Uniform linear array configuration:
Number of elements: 32
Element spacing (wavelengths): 0.5
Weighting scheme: uniform
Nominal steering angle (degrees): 60
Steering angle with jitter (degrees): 61.298
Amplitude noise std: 0.05
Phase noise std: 0.05

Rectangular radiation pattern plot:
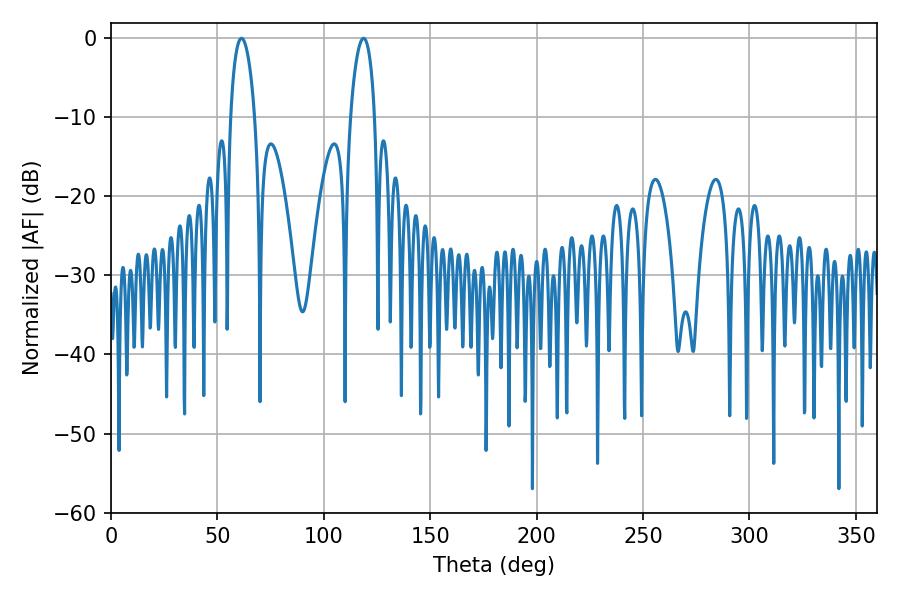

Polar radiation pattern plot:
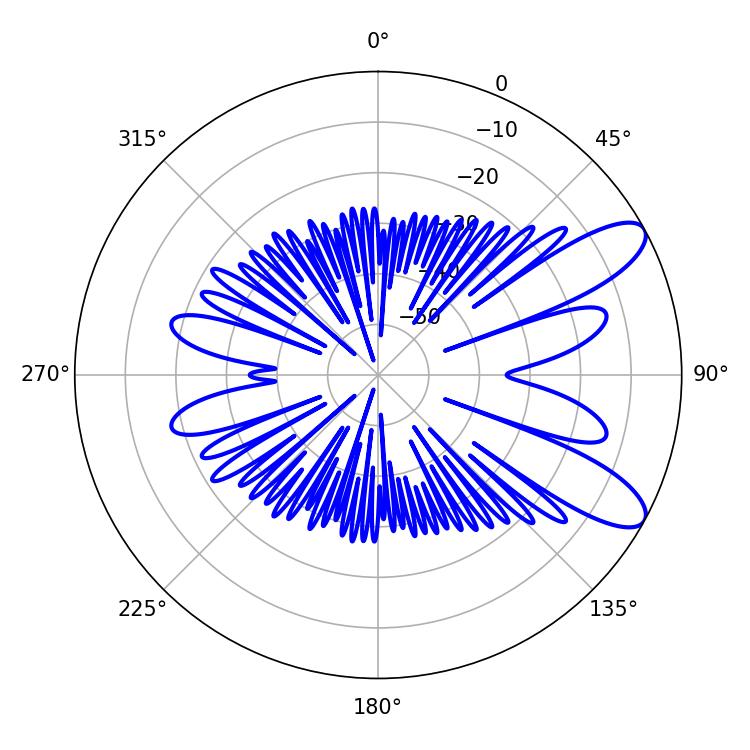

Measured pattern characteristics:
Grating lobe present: FALSE
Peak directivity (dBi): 9.591
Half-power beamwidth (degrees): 6.48
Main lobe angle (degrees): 61.38